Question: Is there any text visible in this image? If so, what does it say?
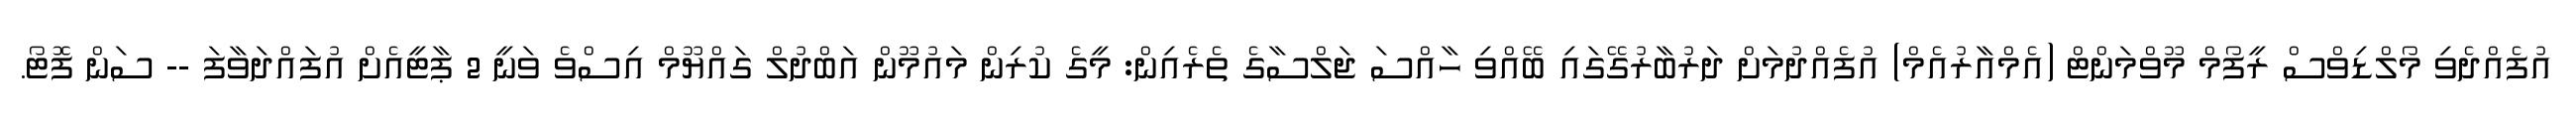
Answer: އުފެއްދެވި މޯލްޑިވްސް ރީފޯމް މޫވްމަންޓް (އެމްއާރުއެމް) އުފެއްދުމަށް ދަރުބާރުގޭގައި ބޭއްވި ހާއްސަ ޖަލްސާގެ ތެރެއިން: މީގެ ކުރިން މައުމޫން އަބްދުލް ގައްޔޫމް އިސްވެ ވަނީ 2 ޕާޓީއެށް އުފައްދަވާފަ -- ސަން ފޮޓޯ.